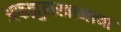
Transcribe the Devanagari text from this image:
अफझुलखानाचा